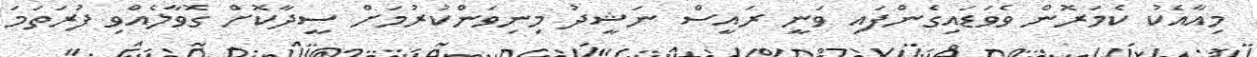
މިއާއެކު ކެމަރޮން ވެވަޑައިގެންފައި ވަނީ ރައީސް ނަޝީދު މިނިވަންކުރުމަށް ސީދާކޮށް ގޮވާލެއްވި ފުރަތަމަ